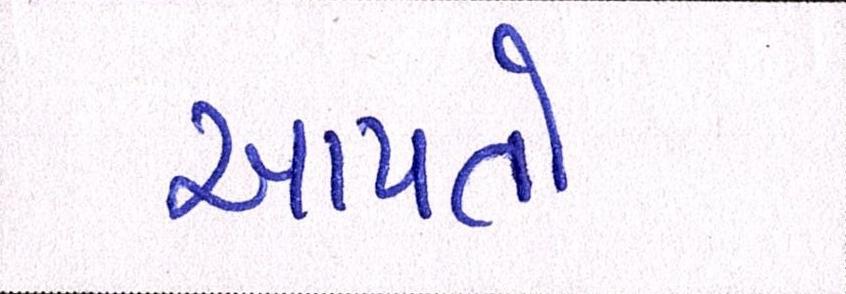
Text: આપતો